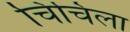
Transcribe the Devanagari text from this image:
चिंचिला